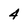
Character: 4